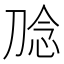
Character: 𭃮